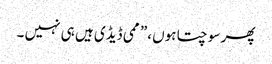
پھر سوچتا ہوں ،” ممی ڈیڈی ہیں ہی نہیں ۔